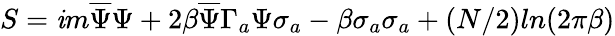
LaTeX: S=\mathit{i}m\overline{{{{\Psi}}}}\Psi+2\beta\overline{{{{\Psi}}}}\Gamma_{a}\Psi\sigma_{a}-\beta\sigma_{a}\sigma_{a}+(N/2)ln(2\pi\beta)